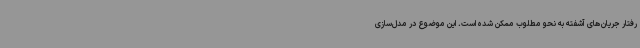
رفتار جریان‌های آشفته به نحو مطلوب ممکن شده است. این موضوع در مدل‌سازی